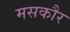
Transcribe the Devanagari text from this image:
मसकौर